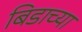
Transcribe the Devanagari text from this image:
बिडाच्या